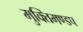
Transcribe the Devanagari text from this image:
मुक्तिमण्डप